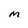
Character: M